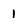
Character: 1